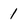
Character: 1